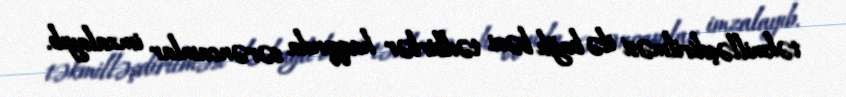
təkmilləşdirilməsi ilə bağlı bəzi tədbirlər haqqında sərəncamlar imzalayıb.